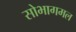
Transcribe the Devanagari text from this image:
सोभागमल